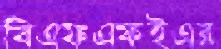
বিএফএফইএর